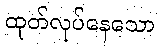
ထုတ်လုပ်နေသော